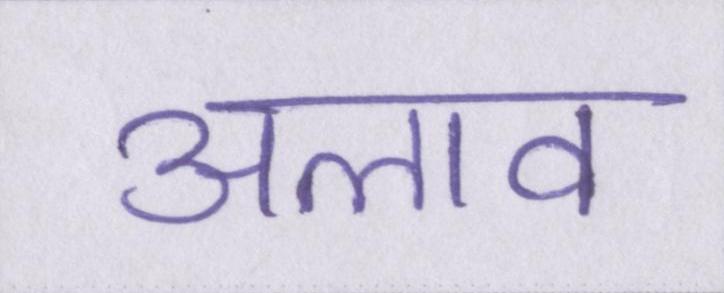
अलाव